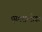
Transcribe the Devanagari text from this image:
एस्परान्तोका